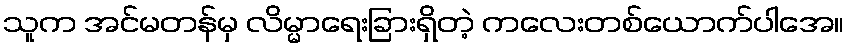
သူက အင်မတန်မှ လိမ္မာရေးခြားရှိတဲ့ ကလေးတစ်ယောက်ပါအေ။